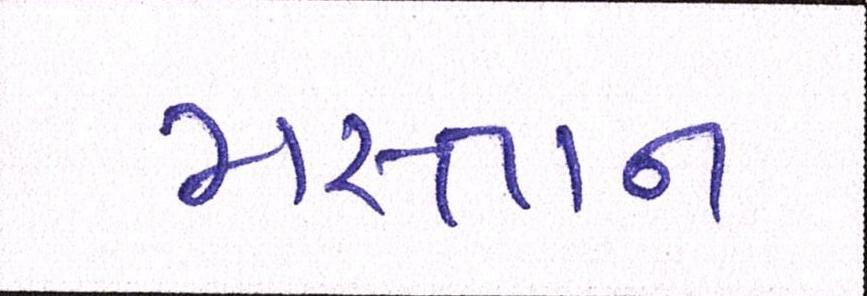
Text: મસ્તાન